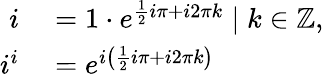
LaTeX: \begin{array}{rl}{i}&{{}=1\cdot e^{{\frac{1}{2}}i\pi+i2\pi k}\mid k\in\mathbb{Z},}\\ {i^{i}}&{{}=e^{i\left({\frac{1}{2}}i\pi+i2\pi k\right)}}\end{array}